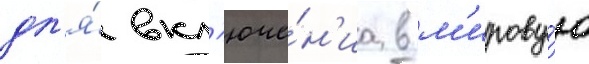
дл'я́ вкл'юче́н'иа в м'ирову́ю